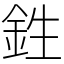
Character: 鉎